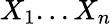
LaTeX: X_{1}...X_{n}